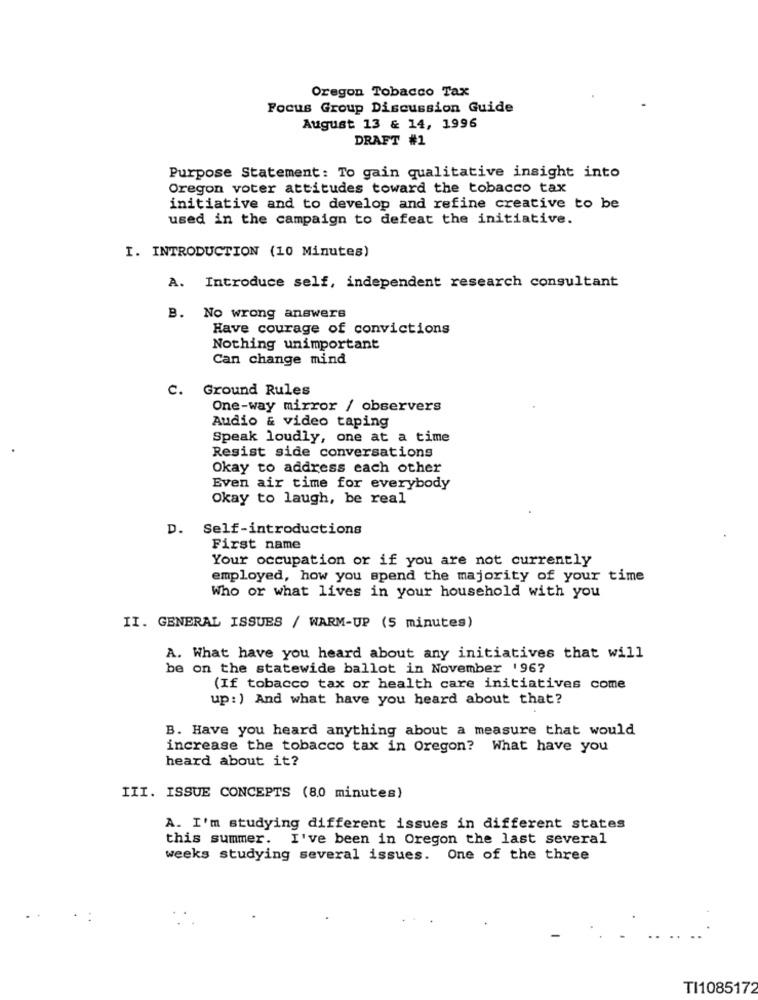
Oregon Tobacco Tax
Focus Group Discussion Guide
August 13 & 14, 1996
DRAFT #1
Purpose Statement: To gain qualitative insight into
Oregon voter attitudes toward the tobacco tax
initiative and to develop and refine creative to be
used in the campaign to defeat the initiative.
I. INTRODUCTION (10 Minutes)
A. Introduce self, independent research consultant
B. No wrong answers
Have courage of convictions
Nothing unimportant
Can change mind
c.
Ground Rules
One-way mirror / observers
Audio & video taping
Speak loudly, one at a time
Resist side conversations
Okay to address each other
Even air time for everybody
Okay to laugh, be real
D. Self-introductions
First name
Your occupation or if you are not currently
employed, how you spend the majority of your time
Who or what lives in your household with you
II. GENERAL ISSUES / WARM-UP (5 minutes)
A. What have you heard about any initiatives that will
be on the statewide ballot in November '96?
(If tobacco tax or health care initiatives come
up: ) And what have you heard about that?
B. Have you heard anything about a measure that would
increase the tobacco tax in Oregon? What have you
heard about it?
III. ISSUE CONCEPTS (8.0 minutes)
A. I'm studying different issues in different states
this summer. I've been in Oregon the last several
weeks studying several issues. One of the three
TI1085172